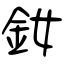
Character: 釹